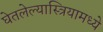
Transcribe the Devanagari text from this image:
घेतलेल्यास्त्रियामध्ये